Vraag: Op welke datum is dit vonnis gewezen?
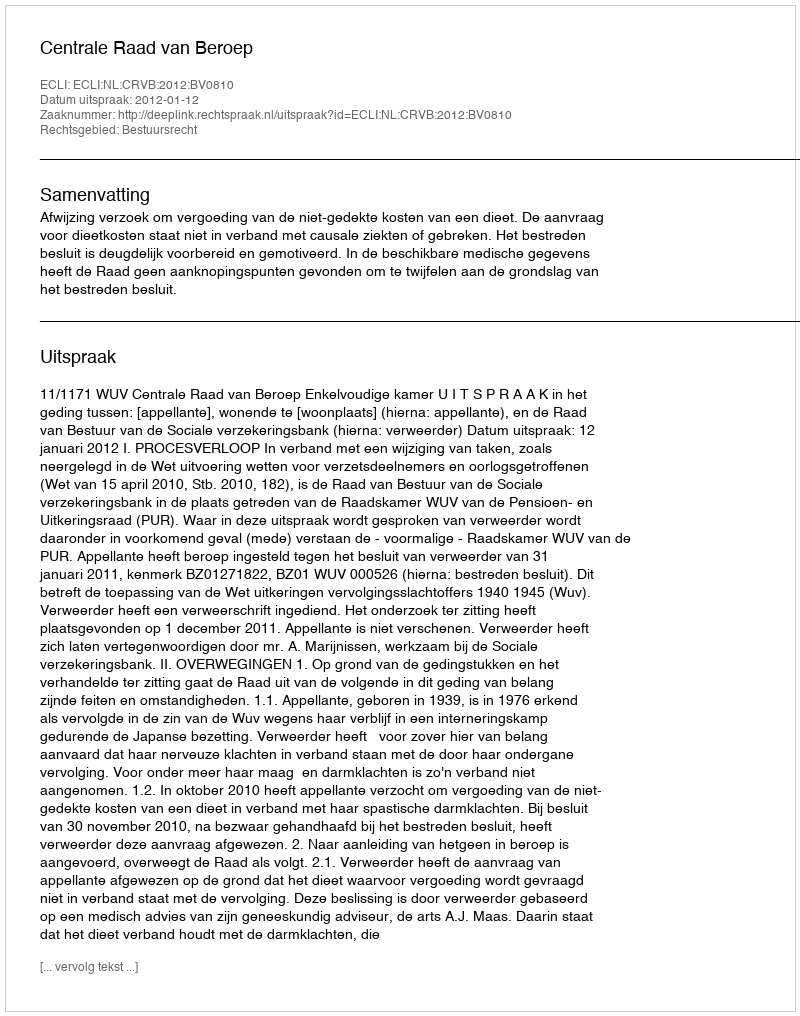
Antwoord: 2012-01-12